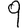
Digit: 9